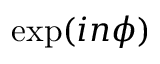
\exp ( i n \phi )